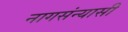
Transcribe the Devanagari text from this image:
नागसंन्यासी